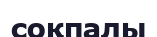
соқпалы